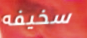
سخيفه